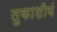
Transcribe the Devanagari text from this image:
तुकाशीयं